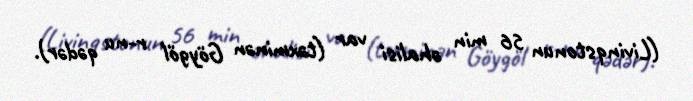
(Livinqstonun 56 min əhalisi var (təxminən Göygöl r-nu qədər).